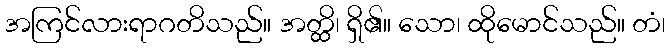
အကြင်လားရာဂတိသည်။ အတ္ထိ၊ ရှိ၏။ သော၊ ထိုမောင်သည်။ တံ၊